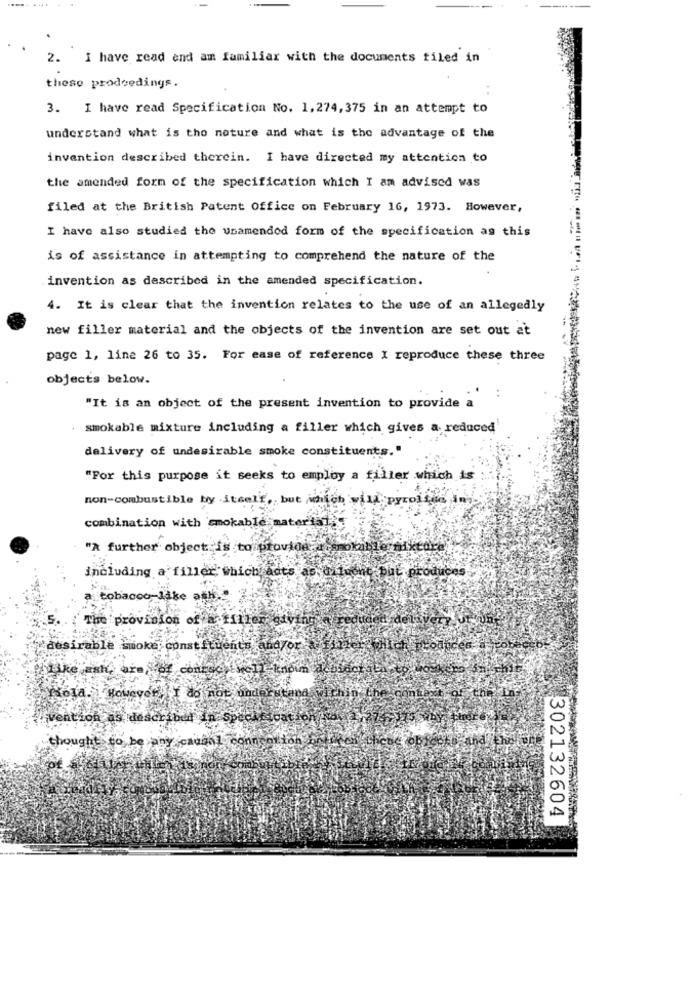
2. I have read end am familiar with the documents filed in
these prodeedings.
3. I have read Specification No. 1.274, 375 in an attempt to
understand what is the nature and what is the advantage of the
invention described therein. I have directed my attention to
the amended form of the specification which I am advised was
filed at the British Patent office on February 16, 1973. However,
I have also studied the usamended form of the specification as this
is of assistance in attempting to comprehend the nature of the
invention as described in the amended specification.
4. It is clear that the invention relates to the use of an allegedly
new filler material and the objects of the invention are set out at
page 1, line 26 to 35. For ease of reference X reproduce these three
objects below.
:
"It is an object of the present invention to provide a
smokable mixture including a filler which gives a reduced
delivery of undesirable smoke constituents.
"For this purpose it seeks to employ a filler which is
non-combustible by itself, but which will pyrolque in
combination with smokable mater 151
"A further object is to provide . sowanie mikeore
including a filler which Acts as diluent put produces
a tobacco-like
The provision of a filler
desirable
oke constituents anazor
I do not underutana.
th
302132604